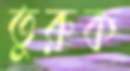
তুরুক